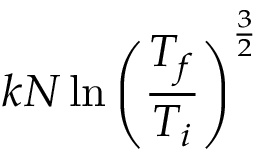
k N \ln \left( \frac { T _ { f } } { T _ { i } } \right) ^ { \frac { 3 } { 2 } }